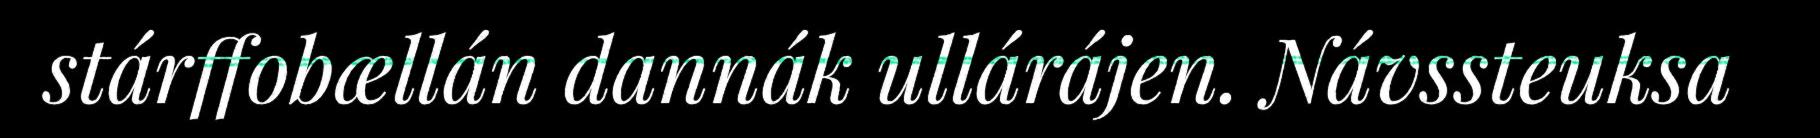
stárffobællán dannák ullárájen. Návssteuksa